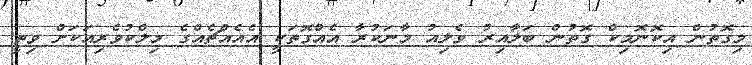
މިގޮތުން އިކޮނޮމިކް ގޮތުން ބަލާއިރު ވެލިއު މާނަކުރާ އެއްގޮތަކީ އެއެއްޗެއްގެ މިލްކުވެރިއަކަށް ވިތީ